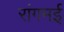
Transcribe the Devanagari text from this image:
रांगमई